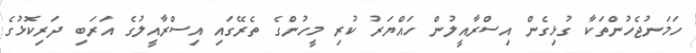
ހަމަނުޖެހުންތަކާ ގުޅިގެން އިސްރާއީލުން ހައްޔަރު ކުރި މީހުންގެ ތެރޭގައި އިސްރާއީލުގެ އަރަބި ދަރިކޮޅުގެ